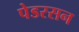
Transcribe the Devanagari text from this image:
पेडरसन